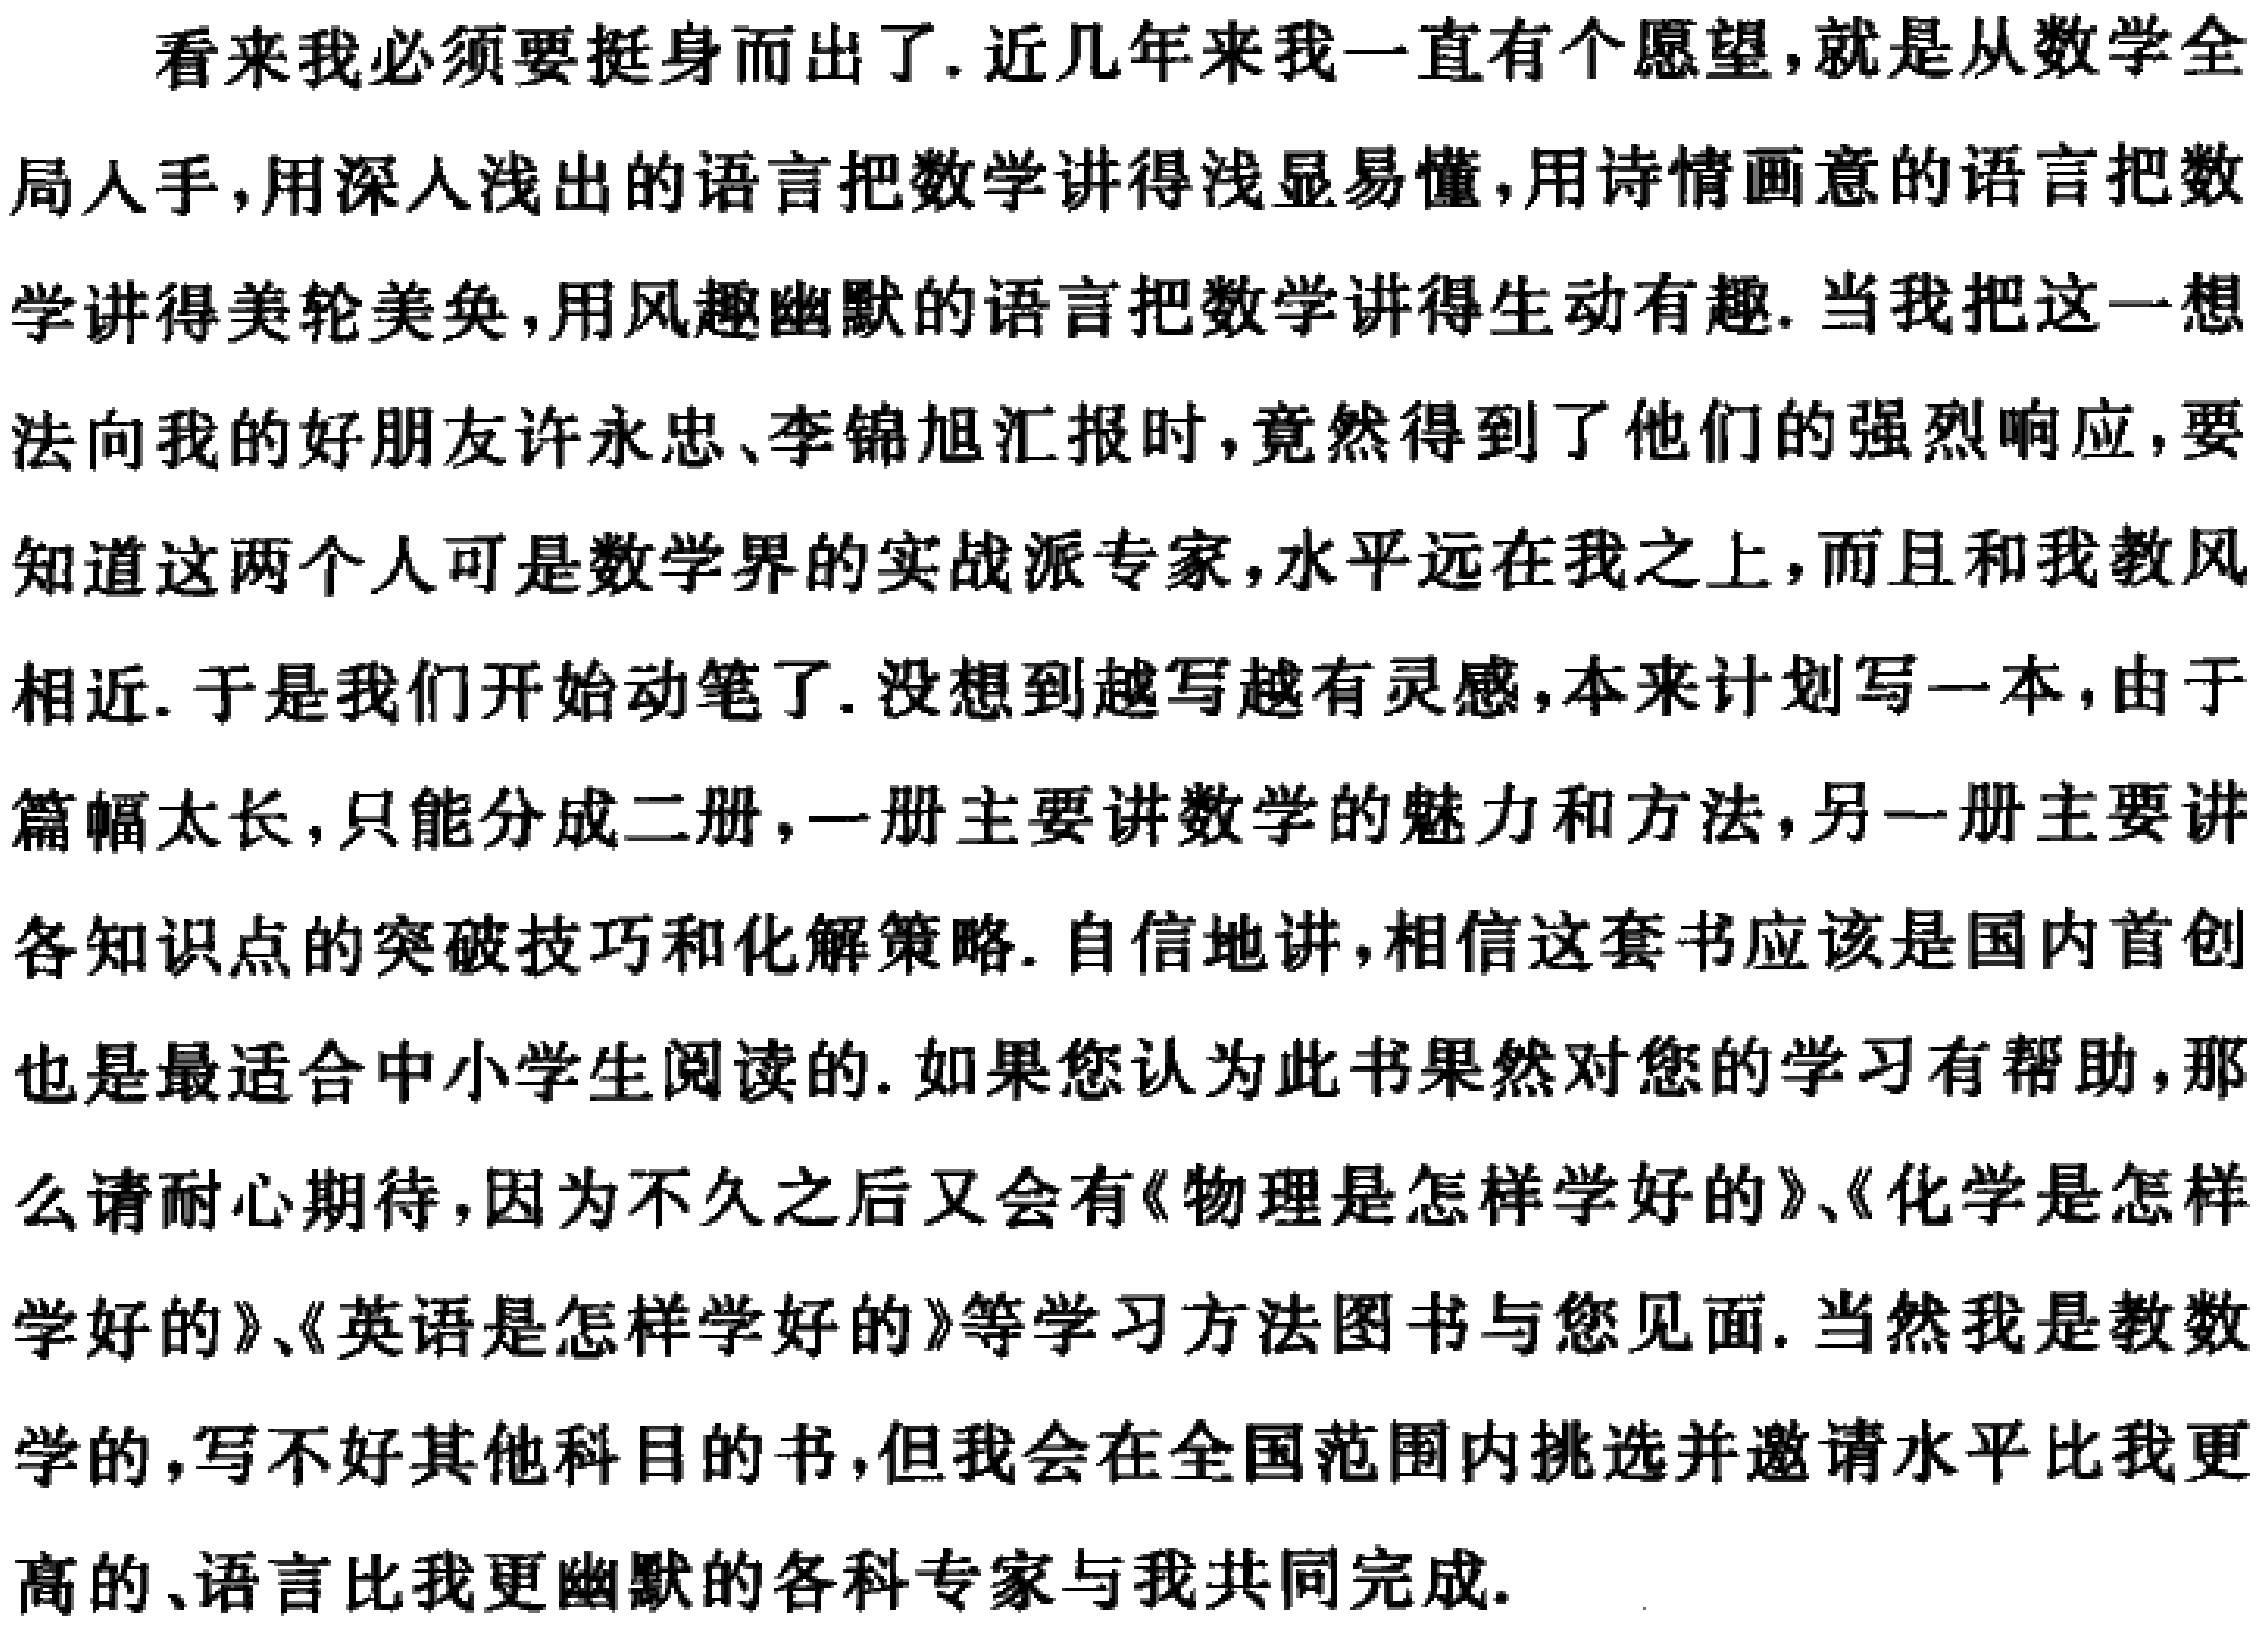
看来我必须要挺身而出了.近几年来我一直有个愿望,就是从数学全

局人手,用深人浅出的语言把数学讲得浅显易懂,用诗情画意的语言把数

学讲得美轮美奂,用风趣幽默的语言把数学讲得生动有趣.当我把这一想

法向我的好朋友许永忠、李锦旭汇报时,竟然得到了他们的强烈响应,要

知道这两个人可是数学界的实战派专家,水平远在我之上,而且和我教风

相近.于是我们开始动笔了.没想到越写越有灵感,本来计划写一本,由于

篇幅太长,只能分成二册,一册主要讲数学的魅力和方法,另一册主要讲

各知识点的突破技巧和化解策略.自信地讲,相信这套书应该是国内首创

也是最适合中小学生阅读的.如果您认为此书果然对您的学习有帮助,那

么请耐心期待,因为不久之后又会有《物理是怎样学好的》、《化学是怎样

学好的》、《英语是怎样学好的》等学习方法图书与您见面.当然我是教数

学的,写不好其他科目的书,但我会在全国范围内挑选并邀请水平比我更

高的、语言比我更幽默的各科专家与我共同完成.